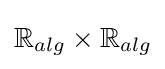
\mathbb {R} _{alg}\times \mathbb {R} _{alg}